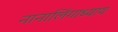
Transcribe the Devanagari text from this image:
नानालिंगाध्याय